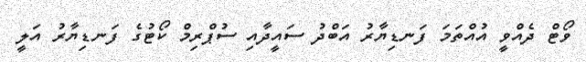
ވޯޓް ދެއްވީ އުއްތަމަ ފަނޑިޔާރު އަބްދު ސައީދާއި ސުޕްރިމް ކޯޓުގެ ފަނޑިޔާރު އަލީ